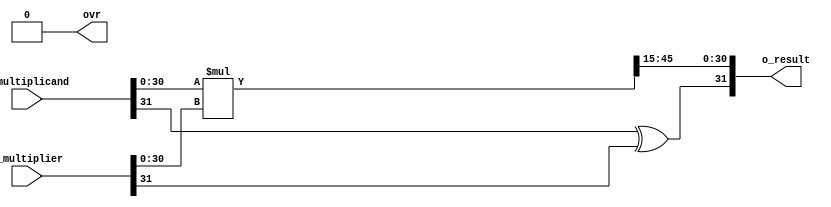
// Sets the time resolution and the time precision of the Verilog code.
`timescale 1ns / 1ps
//////////////////////////////////////////////////////////////////////////////////
 // Documentation by Yang (07/31/2023):
 // Verilog code for a purely combinational sign-magnitude fixed-point multiplier, assuming N total bits (including the sign bit), Q fractional bits, and with overflow handling. 
 //////////////////////////////////////////////////////////////////////////////////
module qmult #(
	//Parameterized values
	parameter Q = 15,
	parameter N = 32
	)
	(
// Input port for the first operand of the multiplication operation, represented in sign-magnitude fixed-point format.
	 input			[N-1:0]	i_multiplicand,
// Input port for the second operand of the multiplication operation, represented in sign-magnitude fixed-point format.
	 input			[N-1:0]	i_multiplier,
// Output port for the result of the multiplication operation, represented in sign-magnitude fixed-point format.
	 output			[N-1:0]	o_result,
// Output register for the overflow indicator. It is set to '1' if the multiplication results in an overflow.
	 output	reg				ovr
	 );
	 //	The underlying assumption, here, is that both fixed-point values are of the same length (N,Q)
 	 //		Because of this, the results will be of length N+N = 2N bits....
 	 //		This also simplifies the hand-back of results, as the binimal point 
 	 //		will always be in the same location...
	reg [2*N-1:0]	r_result;		//	Multiplication by 2 values of N bits requires a 
											//		register that is N+N = 2N deep...
// Register to hold the final computed result to be returned
	reg [N-1:0]		r_RetVal;
//--------------------------------------------------------------------------------
	assign o_result = r_RetVal;	//	Only handing back the same number of bits as we received...
											//		with fixed point in same location...
 //---------------------------------------------------------------------------------
	always @(i_multiplicand, i_multiplier)	begin						//	Do the multiply any time the inputs change
		r_result <= i_multiplicand[N-2:0] * i_multiplier[N-2:0];	//	Removing the sign bits from the multiply - that 
																					//		would introduce *big* errors	
		ovr <= 1'b0;															//	reset overflow flag to zero
		end
		//	This always block will throw a warning, as it uses a & b, but only acts on changes in result...
	always @(r_result) begin													//	Any time the result changes, we need to recompute the sign bit,
		r_RetVal[N-1] <= i_multiplicand[N-1] ^ i_multiplier[N-1];	//		which is the XOR of the input sign bits...  (you do the truth table...)
		r_RetVal[N-2:0] <= r_result[N-2+Q:Q];								//	And we also need to push the proper N bits of result up to 
																						//		the calling entity...
		if (r_result[2*N-2:N-1+Q] > 0)										// And finally, we need to check for an overflow
// Set overflow flag to one when there is an overflow
			ovr <= 1'b1;
		end
// End of the module
endmodule